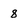
Character: 8